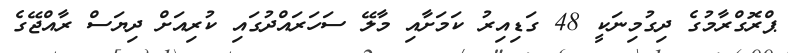
ޕްރޮގްރާމުގެ ދިގުމިނަކީ 48 ގަޑިއިރު ކަމަށާއި މާލޭ ސަހަރައްދުގައި ކުރިއަށް ދިޔަސް ރާއްޖޭގެ